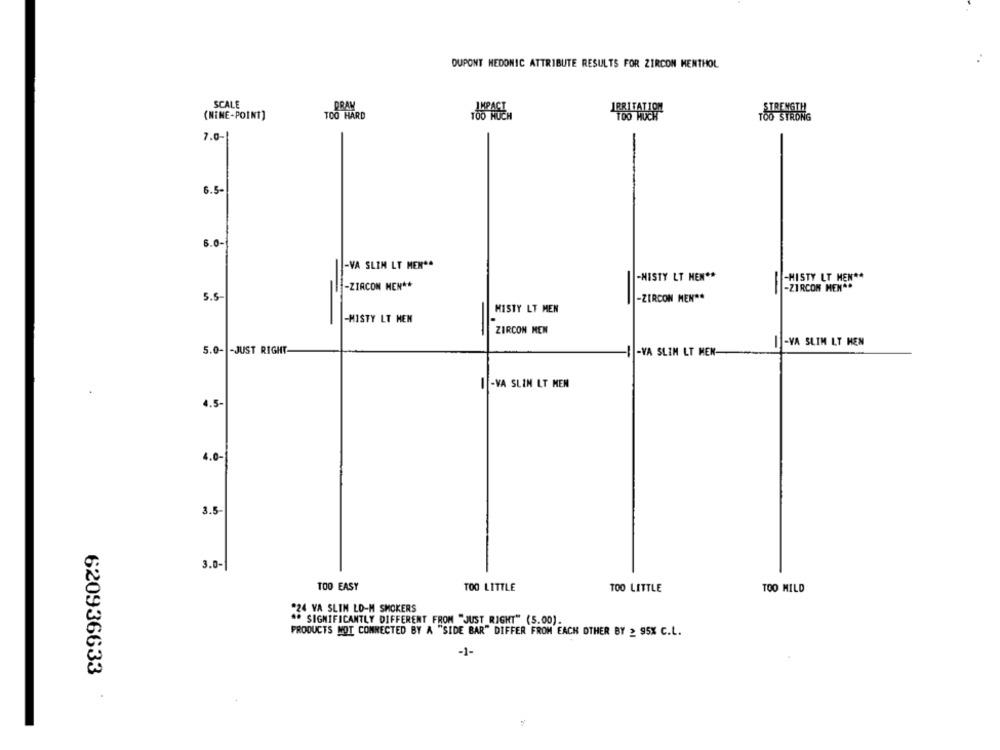
DUPONT MEDONIC ATTRIBUTE RESULTS FOR ZIRCON MENTHOL
SCALE
DRAW
(NINE-POINT]
TOO HARD
IRRITATION
7.0-1
6.5-
6.0-
-VA SLIM LT MEN **
-MISTY LT MEN **
-HISTY LT MEN **
-ZIRCON MEN **
-
-
-ZIRCON HEN **
5.5-
-ZIRCON MEN **
MISTY LT MEN
-MISTY LT HEN
ZIRCON MEN
I -VA SLIM LT HEN
5.0- - JUST RIGHT-
-VA SLIM LT MEN-
I -VA SLIM LT MEN
4.5-
4.0-
3.5-
3.0-
TOO EASY
TOO LITTLE
TOO LITTLE
TOO MILD
.24 VA SLIM LO-M SMOKERS
. SIGNIFICANTLY DIFFERENT FROM "JUST RIGHT" (5.00)
PRODUCTS MOT CONNECTED BY A "SIDE BAR" DIFFER FROM EACH OTHER BY 2 95X C.L.
-1-
620936633